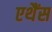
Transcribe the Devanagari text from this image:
एथैंस